Medical and sanitary report of the native army of Bengal for the year
Year: 1876
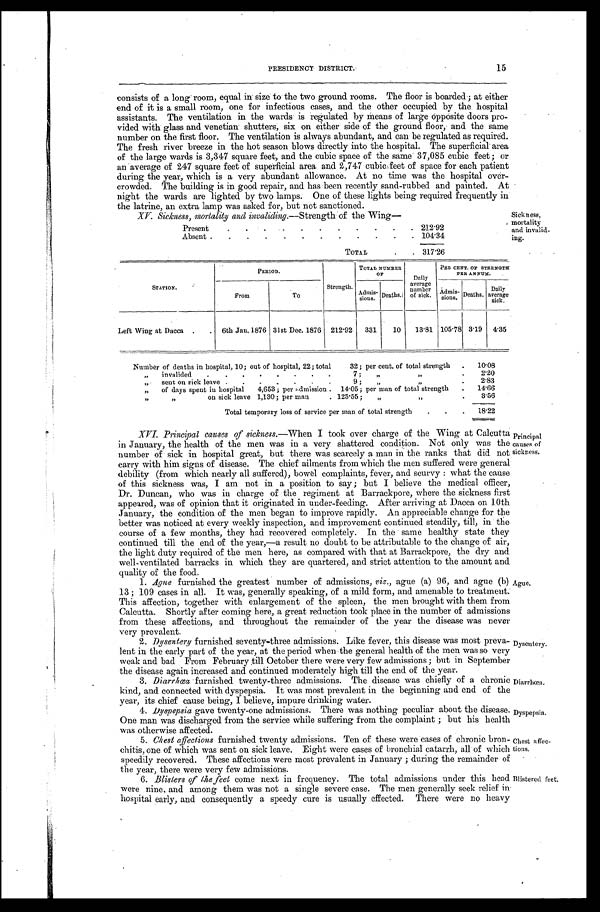
Dyspepsia.
Chest affec-
tions.
PRESIDENCY DISTRICT.
15
consists of a long room, equal in size to the two ground rooms. The floor is boarded ; at either
end of it is a small room, one for infectious cases, and the other occupied by the hospital
assistants. The ventilation in the wards is regulated by means of large Opposite doors pro-
-vided with glass and venetian shutters, six on either side of the ground floor, and the same
number on the first floor. The ventilation is always abundant, and can be regulated as required.
The fresh river breeze in the hot season blows directly into the hospital. The superficial area
of the large wards is 3,347 square feet, and the cubic space of the same 37,085 cubic feet; or
an average of 247 square feet of superficial area and 2,747 cubic feet of space for each patient
during the year, which is a very abundant allowance. At no time was the hospital over--
crowded. The building is in good repair, and has been recently sand-rubbed and painted. At
night the wards are lighted by two lamps. One of these lights being required frequently in
the latrine, an extra lamp was asked for, but not sanctioned.
XV. Sickness, mortality and invaliding.—Strength of the Wing—
Present
.
.
.
.
.
.
.
.
.
. 212.92
Absent .
.
.
.
.
.
.
.
.
.
.
. 104.34
TOTAL
.
317.26
Sickn ess,
mortality
and
invalid-ing.
S T A T I O N .
P E R I O D .
Strength.
TOTAL NUMBER
O F
Daily
average
number
o f sick.
PER CENT OF STRENGTH
P E R A N N U M .
From
To
A d m i s -
sions.
D e a t h s .
'
Admis-
-
sions.
Deaths.
Daily
average
sick.
Left Wing at Dacca .
.
6th Jan. 1876 31st Dec. 1876
212.92
331
10
13.81 105.78 3.19
4.35
Number of deaths in hospital, 10; out of hospital, 22; total
32; per cent. of total strength
.
10.08
„
invalided
.
.
.
. . . . . 7 ;
„
,,,
.
2.20
„
sent on sick leave .
.
.
9 ;
„ „
2.83
„
of days spent in hospital
4,653; per admission . 14.05; per man of total strength
.
14.66
„
,,
on sick leave 1,130 ; per man
. 125.55 ;
„
„
.
3.56
Total temporary loss of service per man of total strength
.
.
.
18.22
XVI. Principal causes of sickness.—When I took over charge of the Wing at Calcutta
in January, the health of the men was in a very shattered condition. Not only was the
number of sick in hospital great, but there was scarcely a man in the ranks that did not
carry with him signs of disease. The chief ailments from which the men suffered were general
debility (from which nearly all suffered), bowel complaints, fever, and scurvy : what the cause
of this sickness was, I am not in a position to say ; but I believe the medical officer,
Dr. Duncan, who was in charge of the regiment at Barrackpore, where the sickness first
appeared, was of opinion that it originated in under-feeding. After arriving at Dacca on 10th
January, the condition of the men began to improve rapidly. An appreciable change for the
better was noticed at every weekly inspection, and improvement continued steadily, till, in the
course of a few months, they had recovered completely. In the same healthy state they
continued till the end. of the year,—a result no doubt to be attributable to the change of air,
the light duty required of the men here, as compared with that at Barrackpore, the dry and
well-ventilated barracks in which they are quartered, and strict attention to the amount and
quality of the food.
1. Ague furnished the greatest number of admissions, viz., ague (a) 96, and ague (b)
13 ; 109 cases in all. It was, generally speaking, of a mild form, and amenable to treatment.
This affection, together with enlargement of the spleen, the men brought with them from
Calcutta. Shortly after coming here, a great reduction took place in the number of admissions
from these affections, and throughout the remainder of the year the disease was never
very
prevale nt.
2. Dysentery furnished seventy-three admissions. Like fever, this disease was most preva-
lent in the early part of the year, at the period when-the general health of the men was so very
weak and bad From February till October there were very few admissions ; but in September
the disease again increased and continued moderately high till the end of the year.
3. Diarrhœa furnished twenty-three admissions. The disease was chiefly of a chronic
kind, and connected with dyspepsia. It was most prevalent in the beginning and end of the
year, its chief cause being, I believe, impure drinking water.
4. Dyspepsia gave twenty-one admissions. There was nothing peculiar about the disease.
One man was discharged from the service while suffering from the complaint ; but his health
was otherwise affected.
5. Chest affections furnished twenty admissions. Ten of these were cases of chronic bron-
chitis, one of which was sent on sick leave. Eight were cases of bronchial catarrh, all of which
speedily recovered. These affections were most prevalent in January ; during the remainder of
the year, there were very few admissions.
6. Blisters of the feet come next in frequency. The total admissions under this head
were nine, and among them was not a single severe case. The men generally seek relief in
hospital early, and consequently a speedy cure is usually effected. There were no heavy
Principal
causes of
sickness.
Ague.
Dysentery.
Diarrhoea.
Blistered. feet.